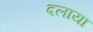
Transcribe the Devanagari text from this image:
दलाया